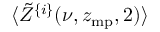
\langle \tilde { Z } ^ { \{ i \} } ( \nu , z _ { \mathrm { m p } } , 2 ) \rangle